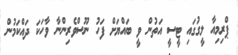
ޕްރިމިއާ ލީގުގައި ޓީސީ އަތުން ވީ ބައްޔަށް ފަހު ނޫސްވެރިންނާ ވާހަކަ ދައްކަމުން